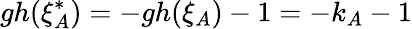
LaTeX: gh(\xi_{A}^{*})=-gh(\xi_{A})-1=-k_{A}-1